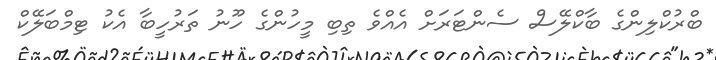
ބްރުކްލިންގެ ބާކްލޭސް ސެންޓަރަށް އެއްވެ ތިބި މީހުންގެ ހޫނު ތަރުހީބާ އެކު ޓިމްބަލޭކް